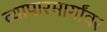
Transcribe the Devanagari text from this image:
व्यापारमार्गांवर